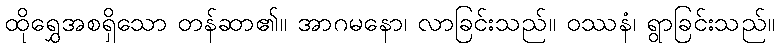
ထိုရွှေအစရှိသော တန်ဆာ၏။ အာဂမနော၊ လာခြင်းသည်။ ဝဿနံ၊ ရွာခြင်းသည်။